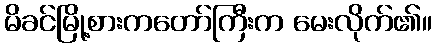
မိခင်မြို့စားကတော်ကြီးက မေးလိုက်၏။